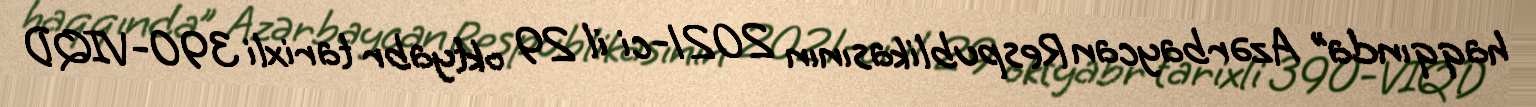
haqqında” Azərbaycan Respublikasının 2021-ci il 29 oktyabr tarixli 390-VIQD